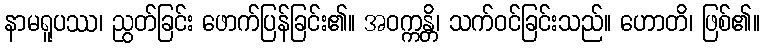
နာမရူပဿ၊ ညွတ်ခြင်း ဖောက်ပြန်ခြင်း၏။ အဝက္ကန္တိ၊ သက်ဝင်ခြင်းသည်။ ဟောတိ၊ ဖြစ်၏။